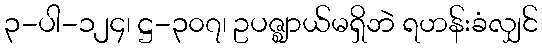
၃-ပါ-၁၂၄၊ ဋ္ဌ-၃၀၇၊ ဥပဇ္ဈာယ်မရှိဘဲ ရဟန်းခံလျှင်